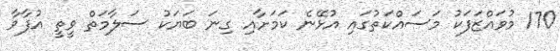
170 މުވައްޒަފަކު މަސައްކަތުގައި އުޅޭނެ ކަމަށާއި ގިނަ ބަޔަކު ސަލާމަތް ވީތީ އުފާވާ